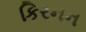
કિરનન